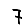
Digit: 7